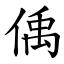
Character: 偊